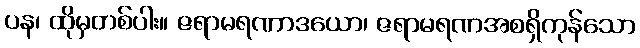
ပန၊ ထိုမှတစ်ပါး။ ဇရာမရဏာဒယော၊ ဇရာမရဏအစရှိကုန်သော